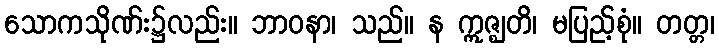
သောကသိုဏ်း၌လည်း။ ဘာဝနာ၊ သည်။ န ဣဇ္ဈတိ၊ မပြည့်စုံ။ တတ္တ၊